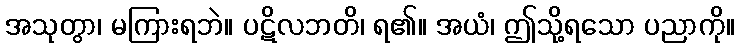
အသုတွာ၊ မကြားရဘဲ။ ပဋိလဘတိ၊ ရ၏။ အယံ၊ ဤသို့ရသော ပညာကို။